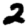
Digit: 2